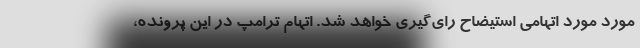
مورد مورد اتهامی استیضاح رای‌گیری خواهد شد. اتهام ترامپ در این پرونده،